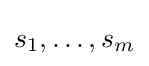
s_{1},\ldots ,s_{m}